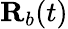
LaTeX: \mathbf{R}_{b}(t)